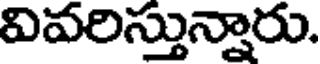
వివరిస్తున్నారు.